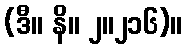
(ဒီ။ နိ။ ၂။၂၁၆)။